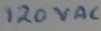
Text: 120VAC